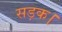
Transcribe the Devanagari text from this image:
सड़क।